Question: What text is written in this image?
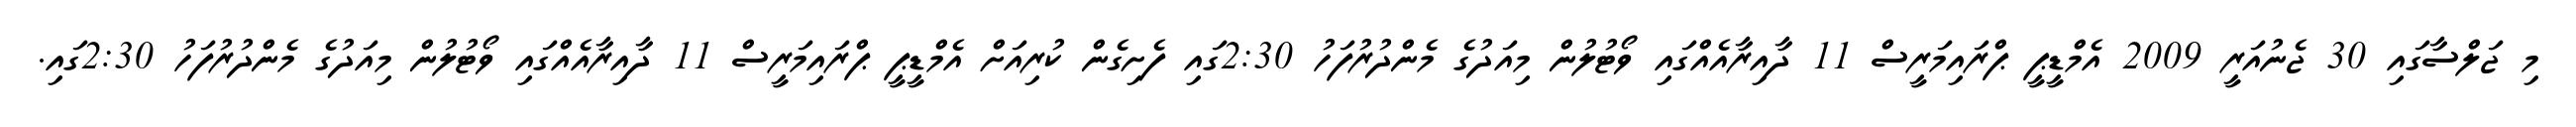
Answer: މި ޖަލްސާގައި 30 ޖެނުއަރީ 2009 އެމްޑީޕީ ޕްރައިމަރީސް 11 ދާއިރާއެއްގައި ވޯޓުލުން މިއަދުގެ މެންދުރުފަހު 2:30ގައި ފެށިގެން ކުރިއަށް އެމްޑީޕީ ޕްރައިމަރީސް 11 ދާއިރާއެއްގައި ވޯޓުލުން މިއަދުގެ މެންދުރުފަހު 2:30ގައި.